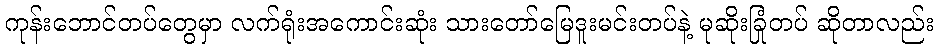
ကုန်းဘောင်တပ်တွေမှာ လက်ရုံးအကောင်းဆုံး သားတော်မြေဒူးမင်းတပ်နဲ့ မုဆိုးခြုံတပ် ဆိုတာလည်း